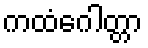
ကထံဂေါတ္တာ